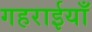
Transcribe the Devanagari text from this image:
गहराईयाँ